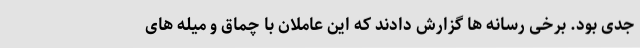
جدی بود. برخی رسانه ها گزارش دادند که این عاملان با چماق و میله های